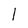
Character: 1